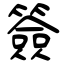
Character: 簽